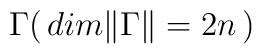
{\Gamma} (\, dim \Vert \Gamma \Vert =  2n \,)